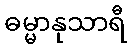
ဓမ္မာနုသာရီ